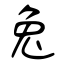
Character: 兔